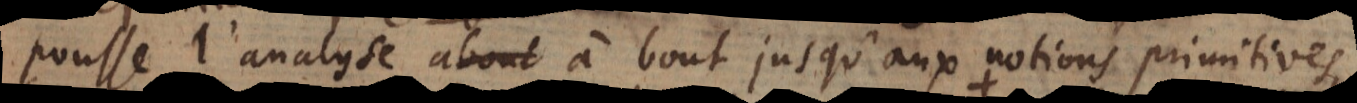
pousse l’analyse à bout jusqu’aux notions primitives,